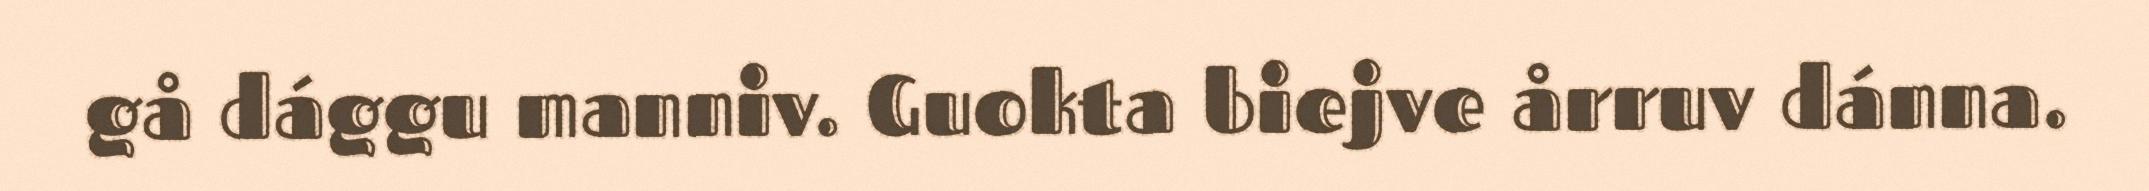
gå dággu manniv. Guokta biejve årruv dánna.